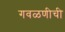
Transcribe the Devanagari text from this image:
गवळणीची